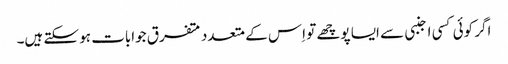
اگر کوئی کسی اجنبی سے ایسا پوچھے تو اِس کے متعدد متفرق جوابات ہو سکتے ہیں۔